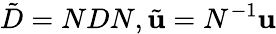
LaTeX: {\tilde{D}}=NDN,{\tilde{\mathbf u}}=N^{-1}{\mathbf u}